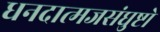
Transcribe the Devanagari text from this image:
धनदात्मजसंघुष्टो